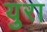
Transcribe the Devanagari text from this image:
युरा